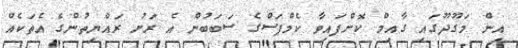
އިން މަގޫދޫގައި ގާއިމް ކޮށްފައިވާ ކެމްޕަސްގެ ސަބަބުން އެ ރަށު ރައްޔިތުންގެ އެތަކެއް